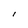
Character: l